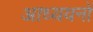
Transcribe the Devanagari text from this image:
आध्ययनों